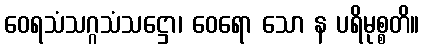
ဝေရသံသဂ္ဂသံသဋ္ဌော၊ ဝေရော သော န ပရိမုစ္စတိ။